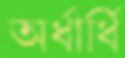
অর্ধার্ধি